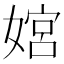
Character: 𫱜